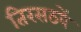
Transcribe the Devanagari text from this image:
तिरसठवें